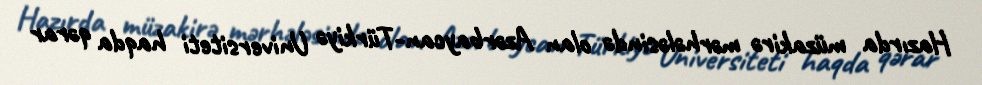
Hazırda müzakirə mərhələsində olan Azərbaycan-Türkiyə Universiteti haqda qərar